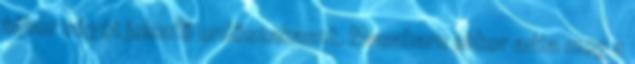
tábor végét jelentő erdőszakaszt. Masaharu ekkor adta meg a